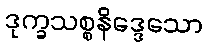
ဒုက္ခသစ္စနိဒ္ဒေသော